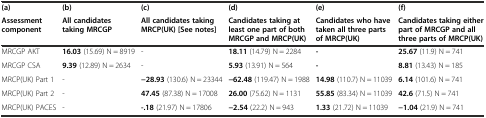
<table><thead><tr><td><b>(a)</b></td><td><b>(b)</b></td><td><b>(c)</b></td><td><b>(d)</b></td><td><b>(e)</b></td><td><b>(f)</b></td></tr><tr><td><b>Assessment component</b></td><td><b>All candidates taking MRCGP</b></td><td><b>All candidates taking MRCP(UK) [See notes]</b></td><td><b>Candidates taking at least one part of both MRCGP and MRCP(UK)</b></td><td><b>Candidates who have taken all three parts of MRCP(UK)</b></td><td><b>Candidates taking either part of MRCGP and all three parts of MRCP(UK)</b></td></tr></thead><tbody><tr><td>MRCGP AKT</td><td><b>16.03</b> (15.69) N = 8919</td><td>-</td><td><b>18.11</b> (14.79) N = 2284</td><td><b>-</b></td><td><b>25.67</b> (11.9) N = 741</td></tr><tr><td>MRCGP CSA</td><td><b>9.39</b> (12.89) N = 2634</td><td>-</td><td><b>5.93</b> (13.91) N = 564</td><td><b>-</b></td><td><b>8.81</b> (13.43) N = 185</td></tr><tr><td>MRCP(UK) Part 1</td><td>-</td><td><b>−28.93</b> (130.6) N = 23344</td><td><b>−62.48</b> (119.47) N = 1988</td><td><b>14.98</b> (110.7) N = 11039</td><td><b>6.14</b> (101.6) N = 741</td></tr><tr><td>MRCP(UK) Part 2</td><td>-</td><td><b>47.45</b> (87.38) N = 17008</td><td><b>26.00</b> (75.62) N = 1131</td><td><b>55.85</b> (83.34) N = 11039</td><td><b>42.6</b> (71.5) N = 741</td></tr><tr><td>MRCP(UK) PACES</td><td>-</td><td><b>-.18</b> (21.97) N = 17806</td><td><b>−2.54</b> (22.2) N = 943</td><td><b>1.33</b> (21.72) N = 11039</td><td><b>−1.04</b> (21.9) N = 741</td></tr></tbody></table>